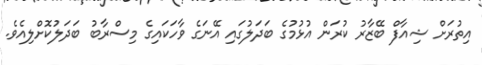
އިތުރަށް ޝިއާފް ބޭޒާރު ކުރަން އުޅުމުގެ ބަދަލުގައި އޭނަގެ ވާހަކައިގެ މިސްރާބު ބަދަލުކޮށްލިއެވެ.